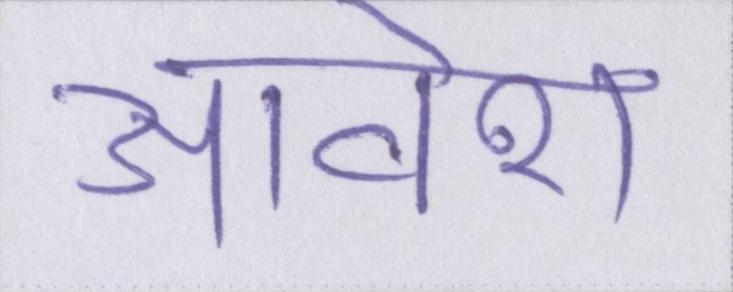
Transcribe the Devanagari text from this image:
आवेश